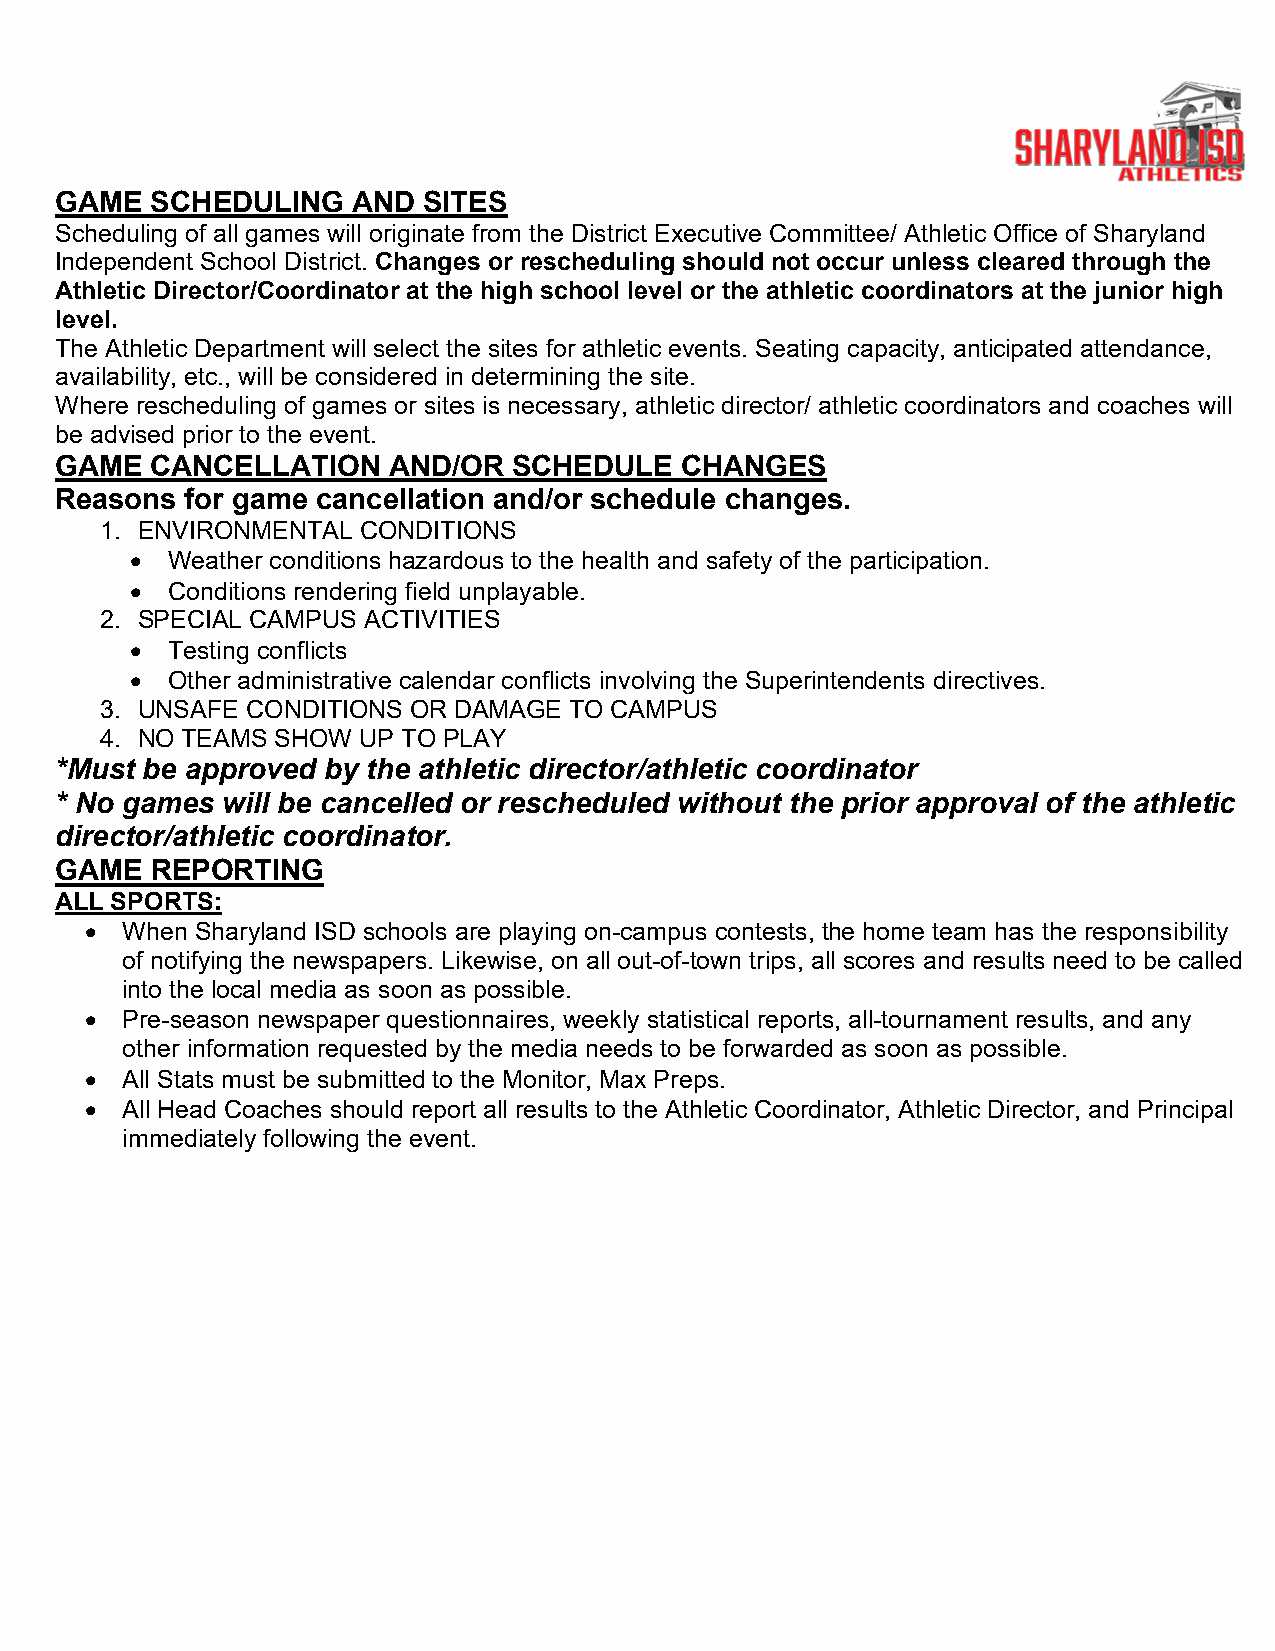
GAME  SCHEDULING   AND  SITES
 Scheduling of all games will originate from the District Executive Committee/ Athletic Office of Sharyland
 Independent School District. Changes or rescheduling should not occur unless cleared through the
 Athletic Director/Coordinator at the high school level or the athletic coordinators at the junior high
 level.
 The Athletic Department will select the sites for athletic events. Seating capacity, anticipated attendance,
 availability, etc., will be considered in determining the site.
 Where rescheduling of games or sites is necessary, athletic director/ athletic coordinators and coaches will
 be advised prior to the event.
 GAME  CANCELLATION    AND/OR  SCHEDULE   CHANGES
 Reasons for game cancellation and/or schedule changes.
 1. ENVIRONMENTAL CONDITIONS
 • Weather conditions hazardous to the health and safety of the participation.
 • Conditions rendering field unplayable.
 2. SPECIAL CAMPUS ACTIVITIES
 • Testing conflicts
 • Other administrative calendar conflicts involving the Superintendents directives.
 3. UNSAFE CONDITIONS OR DAMAGE TO CAMPUS
 4. NO TEAMS SHOW UP TO PLAY
 *Must be approved by the athletic director/athletic coordinator
 * No games will be cancelled or rescheduled without the prior approval of the athletic
 director/athletic coordinator.
 GAME  REPORTING
 ALL SPORTS:
 • When Sharyland ISD schools are playing on-campus contests, the home team has the responsibility
 of notifying the newspapers. Likewise, on all out-of-town trips, all scores and results need to be called
 into the local media as soon as possible.
 • Pre-season newspaper questionnaires, weekly statistical reports, all-tournament results, and any
 other information requested by the media needs to be forwarded as soon as possible.
 • All Stats must be submitted to the Monitor, Max Preps.
 • All Head Coaches should report all results to the Athletic Coordinator, Athletic Director, and Principal
 immediately following the event.